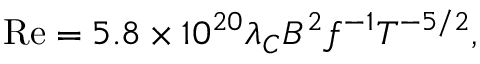
\mathrm { R e } = 5 . 8 \times 1 0 ^ { 2 0 } \lambda _ { C } B ^ { 2 } f ^ { - 1 } T ^ { - 5 / 2 } ,